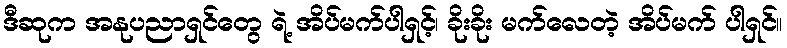
ဒီဆုက အနုပညာရှင်တွေ ရဲ့ အိပ်မက်ပါရှင့်၊ ခိုးခိုး မက်လေတဲ့ အိပ်မက် ပါရှင်။